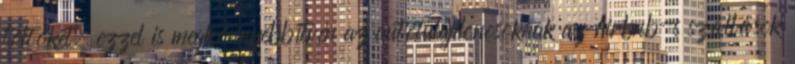
töltőket, ezzel is megkönnyebbítvén az autótulajdonosoknak az Airbnb-s szállások